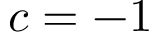
c = - 1